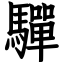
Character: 驒